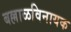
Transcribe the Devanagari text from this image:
बल्लाळविनायक